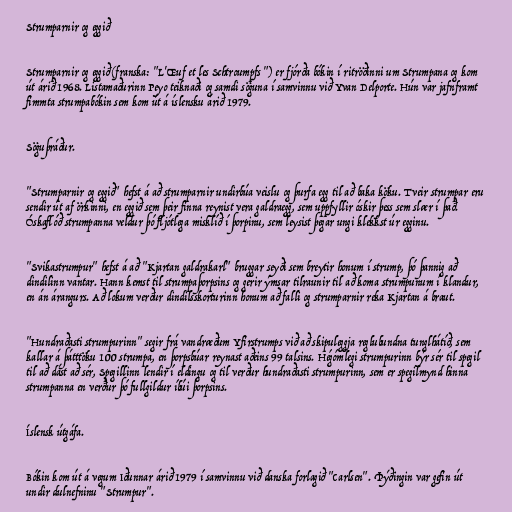
Strumparnir og eggið

Strumparnir og eggið (franska: "L'Œuf et les Schtroumpfs ") er fjórða bókin í ritröðinni um Strumpana og kom
út árið 1968. Listamaðurinn Peyo teiknaði og samdi söguna í samvinnu við Yvan Delporte. Hún var jafnframt
fimmta strumpabókin sem kom út á íslensku árið 1979.

Söguþráður.

"Strumparnir og eggið" hefst á að strumparnir undirbúa veislu og þurfa egg til að baka köku. Tveir strumpar eru
sendir út af örkinni, en eggið sem þeir finna reynist vera galdraegg, sem uppfyllir óskir þess sem slær í það.
Óskaflóð strumpanna veldur þó fljótlega misklíð í þorpinu, sem leysist þegar ungi klekkst úr egginu.

"Svikastrumpur" hefst á að "Kjartan galdrakarl" bruggar seyði sem breytir honum í strump, þó þannig að
dindilinn vantar. Hann kemst til strumpaþorpsins og gerir ýmsar tilraunir til að koma strumpunum í klandur,
en án árangurs. Að lokum verður dindilsskorturinn honum að falli og strumparnir reka Kjartan á braut.

"Hundraðasti strumpurinn" segir frá vandræðum Yfirstrumps við að skipuleggja reglubundna tunglhátíð, sem
kallar á þátttöku 100 strumpa, en þorpsbúar reynast aðeins 99 talsins. Hégómlegi strumpurinn býr sér til spegil
til að dást að sér, Spegillinn lendir í eldingu og til verður hundraðasti strumpurinn, sem er spegilmynd hinna
strumpanna en verður þó fullgildur íbúi þorpsins.

Íslensk útgáfa.

Bókin kom út á vegum Iðunnar árið 1979 í samvinnu við danska forlagið "Carlsen". Þýðingin var gefin út
undir dulnefninu "Strumpur".